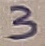
Text: 3